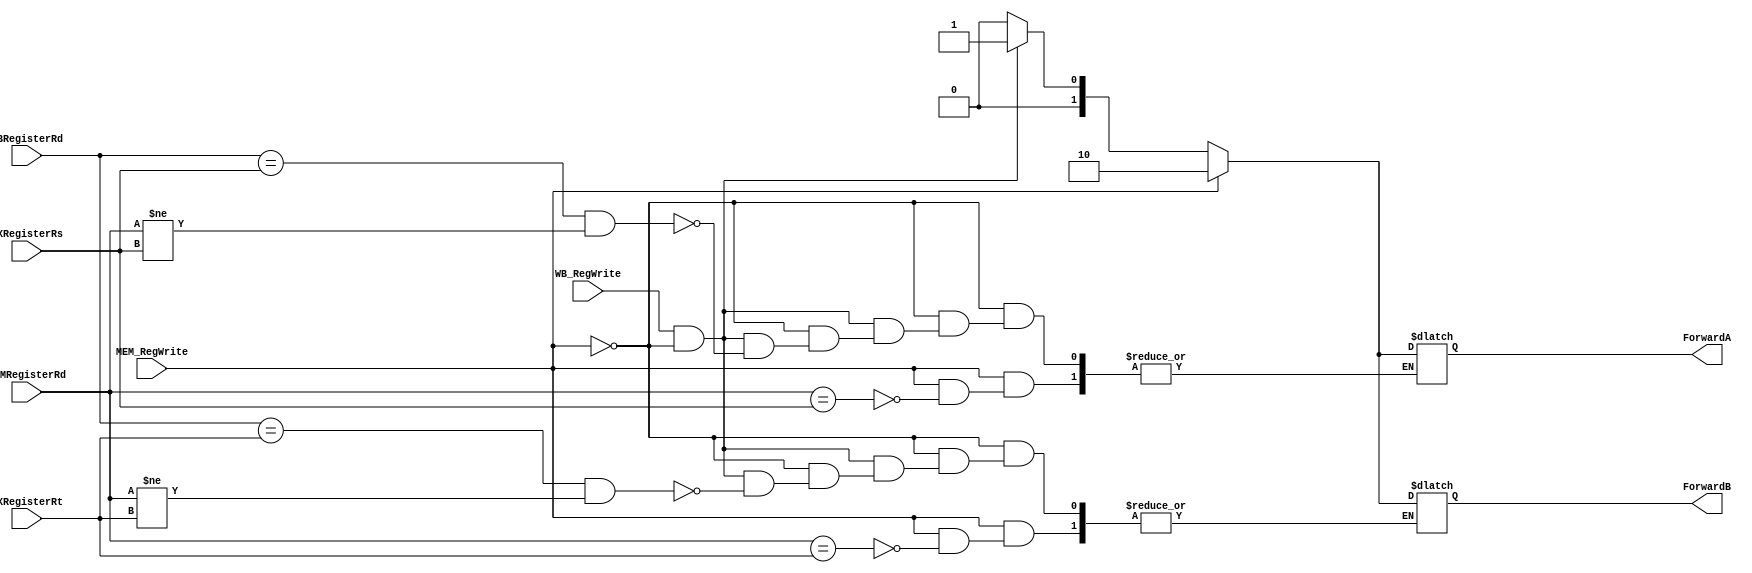
`timescale 1ns / 1ps
//////////////////////////////////////////////////////////////////////////////////
// Company: 
// Engineer: 
// 
// Design Name: 
// Module Name: Forwarding_Unit
// Project Name: 
// Target Devices: 
// Tool Versions: 
// Description: 
// 
// Dependencies: 
// 
// Revision:
// Revision 0.01 - File Created
// Additional Comments:
// 
//////////////////////////////////////////////////////////////////////////////////


module Forwarding_Unit(
    input [4:0] MEMRegisterRd,
    input [4:0] WBRegisterRd,
    input [4:0] EXRegisterRs,
    input [4:0] EXRegisterRt,
    input WB_RegWrite,
    input MEM_RegWrite,
    output reg [1:0] ForwardA,
    output reg [1:0] ForwardB
    );
// we are not using 0th register as zero register. So we are not checking for (MEMWBRegisterRd == 0) and (EXMEMRegisterRd == 0)      
    
always@(*)
begin
if (MEM_RegWrite) 
    begin
    if(MEMRegisterRd == EXRegisterRs) ForwardA = 2'b10; //Forward data from EXMEM
    end
else if (WB_RegWrite == 1'b1 && MEM_RegWrite!=1'b1)
    begin
    if((WBRegisterRd == EXRegisterRs && MEMRegisterRd != EXRegisterRs))ForwardA = 2'b01; //Forward data from MEMWB
    end
else 
    begin
    ForwardA = 2'b00;
    end 
end
always@(*)
begin
if (MEM_RegWrite) 
    begin
    if(MEMRegisterRd == EXRegisterRt) ForwardB = 2'b10; //Forward data from EXMEM
    end
else if (WB_RegWrite == 1'b1 && MEM_RegWrite!=1'b1)
    begin
    if((WBRegisterRd == EXRegisterRt && MEMRegisterRd != EXRegisterRt))ForwardB = 2'b01; //Forward data from MEMWB
    end
else 
    begin
    ForwardB = 2'b00;
    end 
end


endmodule